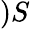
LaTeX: )S